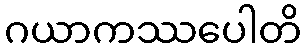
ဂယာကဿပေါတိ